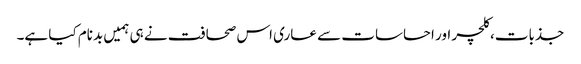
جذبات، کلچر اور احساسات سے عاری اس صحافت نے ہی ہمیں بدنام کیا ہے۔